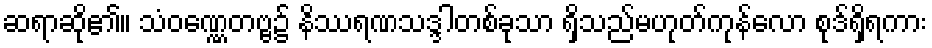
ဆရာဆို၏။ သံဝဏ္ဏေတဗ္ဗ၌ နိဿရဏသဒ္ဒါတစ်ခုသာ ရှိသည်မဟုတ်ကုန်လော စုဒ်ရှိရကား